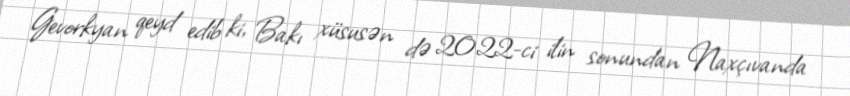
Gevorkyan qeyd edib ki, Bakı xüsusən də 2022-ci ilin sonundan Naxçıvanda